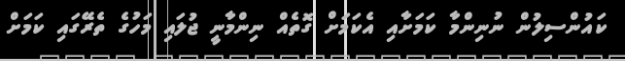
ކައުންސިލުން ނުނިންމާ ކަމަށާއި އެކަމަށް ގޮތެއް ނިންމާނީ ޖުލައި މަހުގެ ތެރޭގައި ކަމަށް